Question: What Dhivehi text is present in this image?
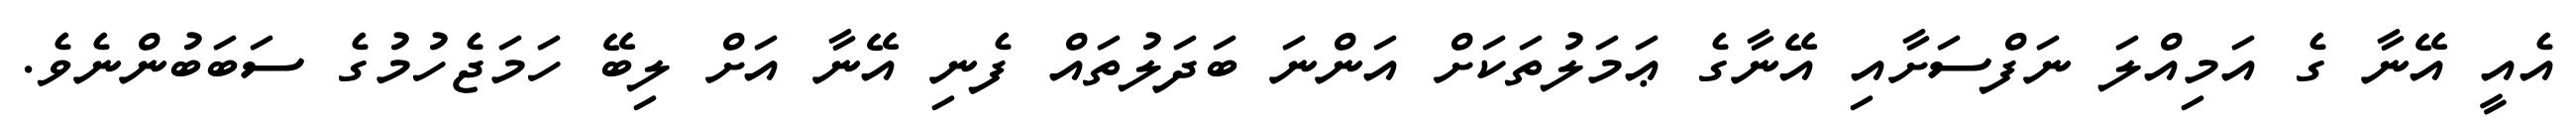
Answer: އެއީ އޭނާ ގެ އަމިއްލަ ނަފްސަށާއި އޭނާގެ ޢަމަލުތަކަށް އަންނަ ބަދަލުތައް ފެނި އޭނާ އަށް ލިބޭ ހަމަޖެހުމުގެ ސަބަބުންނެވެ.